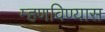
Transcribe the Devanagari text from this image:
म्हणविण्यास